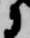
に